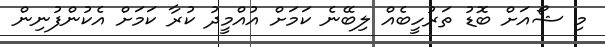
މި ޝޯއަށް ބޮޑު ތަރުހީބެއް ލިބޭނެ ކަމަށް އުއްމީދު ކުރާ ކަމަށް އެކުންފުނިން